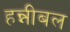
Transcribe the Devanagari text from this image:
हन्नीबल